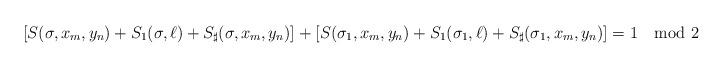
LaTeX: \begin{align*}[S(\sigma,x_m,y_n)+S_1(\sigma,\ell)+S_\sharp(\sigma,x_m,y_n)]+[S(\sigma_1,x_m,y_n)+S_1(\sigma_1,\ell)+S_\sharp(\sigma_1,x_m,y_n)]=1\mod 2\end{align*}